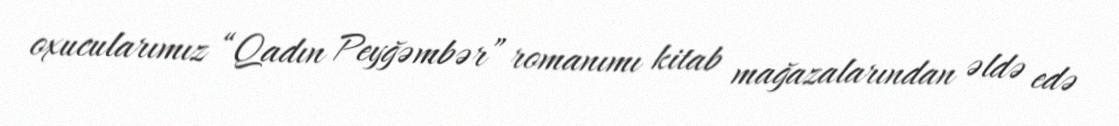
oxucularımız “Qadın Peyğəmbər” romanımı kitab mağazalarından əldə edə